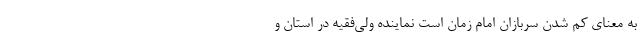
به معنای کم شدن سربازان امام زمان است نماینده ولی‌فقیه در استان و